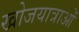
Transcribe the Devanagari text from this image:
खोजयात्राओं